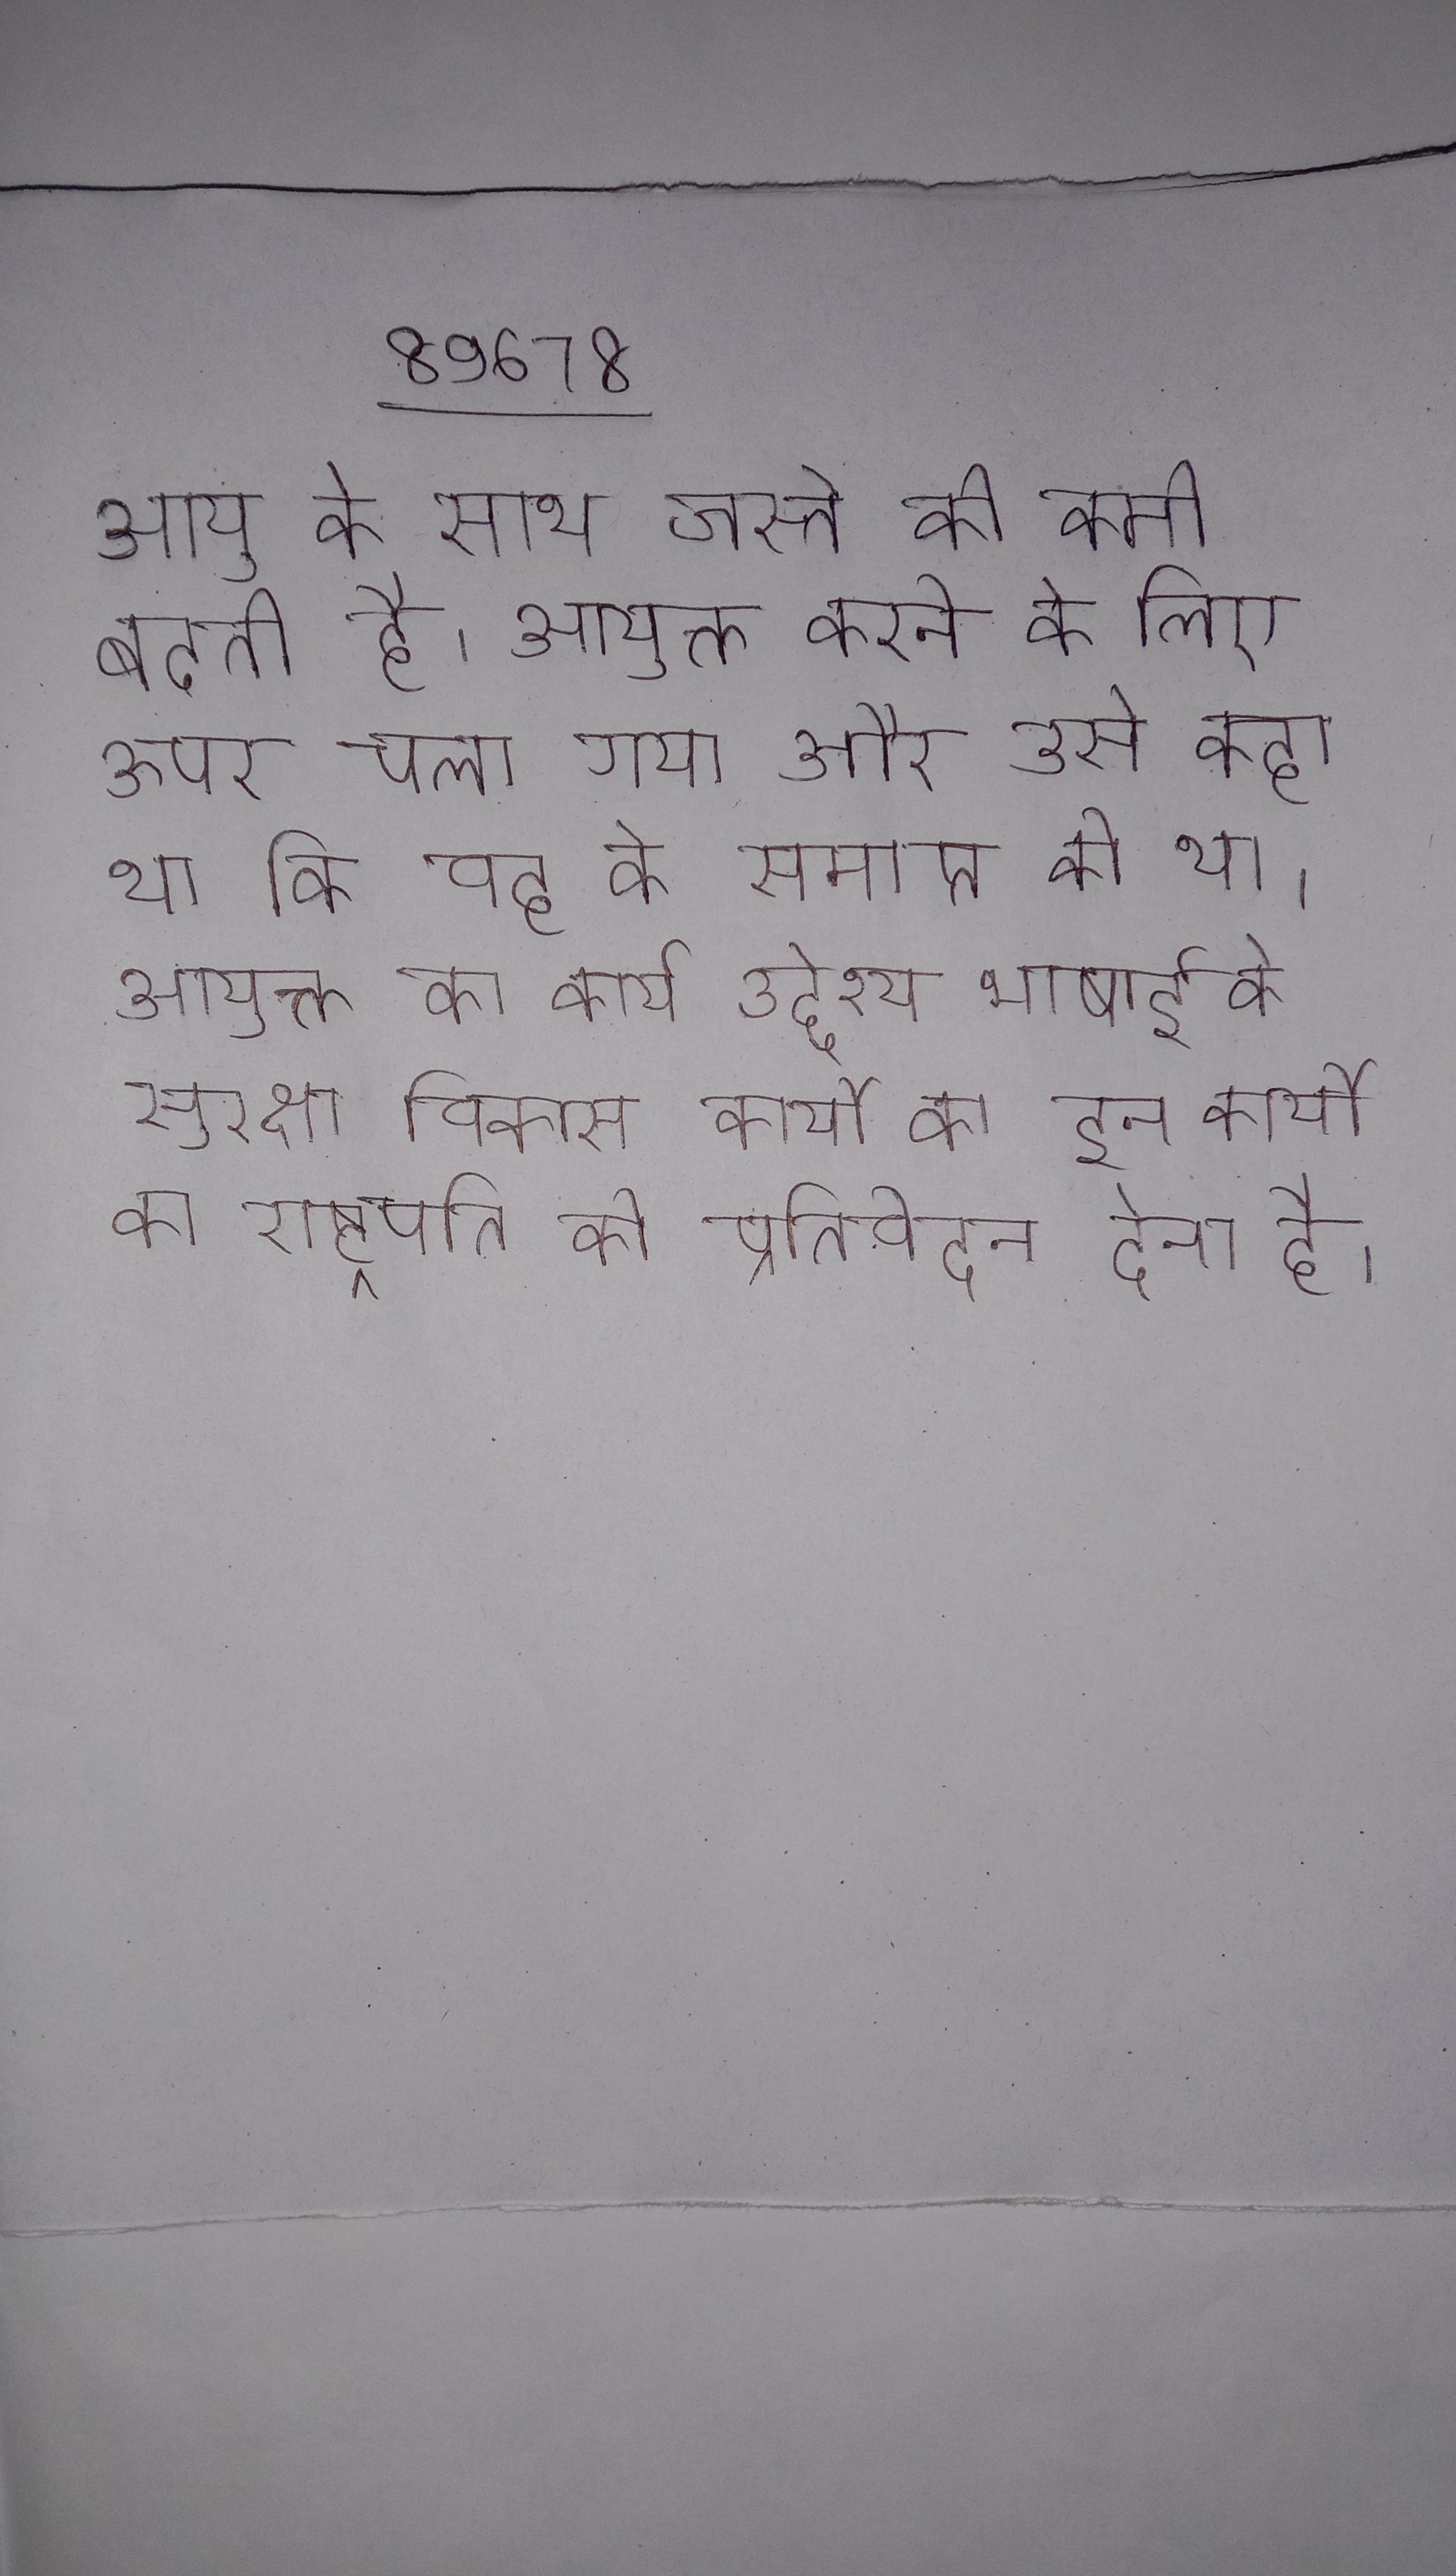
आयु के साथ जस्ते की कमी बढती है । आयुक्त करने के लिए ऊपर चला गया और उसे कहा था कि वह के समाप्त को था । आयुक्त का कार्य उद्देश्य भाषाई के सुरक्षा विकास कार्यो का इन कार्यो का राष्ट्रपति को प्रतिवेदन देना है ।